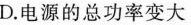
D.电源的总功率变大